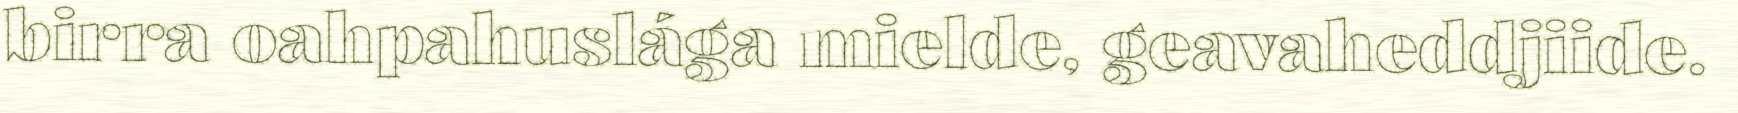
birra oahpahuslága mielde, geavaheddjiide.